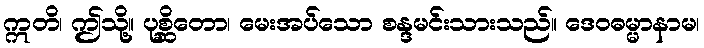
ဣတိ၊ ဤသို့။ ပုစ္ဆိတော၊ မေးအပ်သော စန္ဒမင်းသားသည်။ ဒေဝဓမ္မာနာမ၊